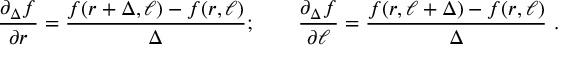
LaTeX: \frac { \partial _ { \Delta } f } { \partial r } = \frac { f ( r + \Delta , \ell ) - f ( r , \ell ) } { \Delta } ; \qquad \frac { \partial _ { \Delta } f } { \partial \ell } = \frac { f ( r , \ell + \Delta ) - f ( r , \ell ) } { \Delta } \ .